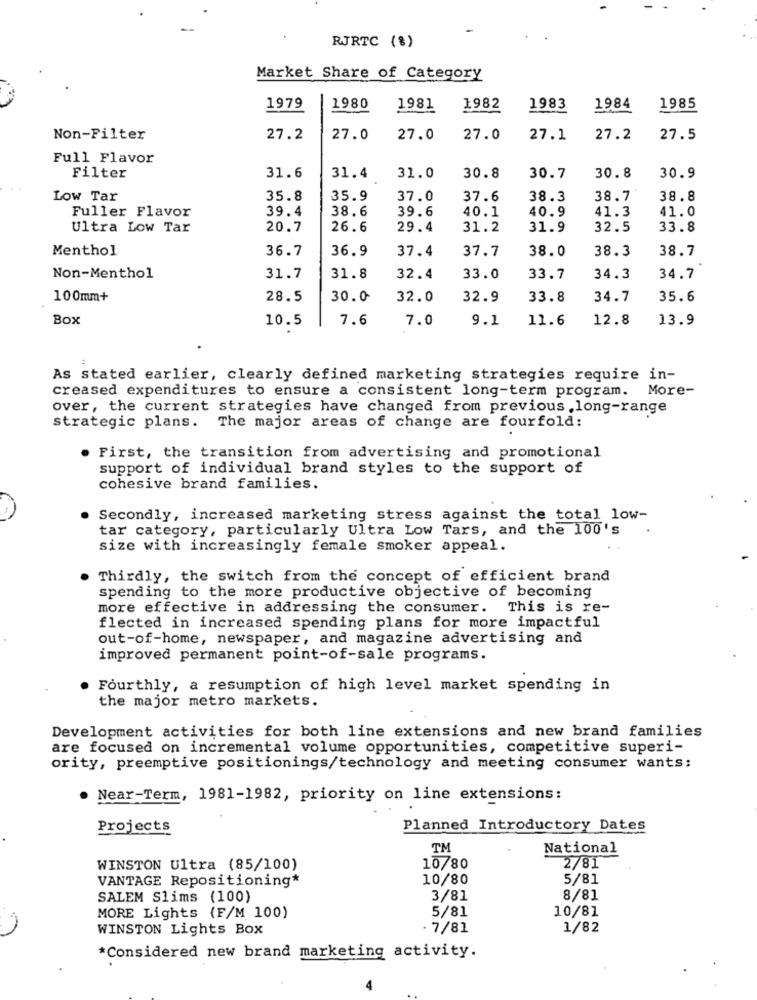
RJRTC (%)
Market Share of Category
1979
1980
1981
1982
1983
1984
1985
Non-Filter
27.2
27.0
27.0
27.0
27.1
27.2
27.5
Full Flavor
30.8
Filter
31.6
31.4
31.0
30.8
30.7
30.9
Low Tar
35.8
35.9
37.0
37.6
38.3
38.7
38.8
Fuller Flavor
39.4
38.6
39.6
40.1
40.9
41.3
41.0
Ultra Low Tar
20.7
26.6
29.4
31.2
31.9
32.5
33.8
Menthol
36.7
36.9
37.4
37.7
38.0
38.3
38.7
Non-Menthol
31.7
31.8
32.4
33.0
33.7
34.3
34.7
100mm+
28.5
30.0
32.0
32.9
33.8
34.7
35.6
Box
10.5
7.6
7.0
9.1
11.6
12.8
13.9
As stated earlier, clearly defined marketing strategies require in-
creased expenditures to ensure a consistent long-term program. More-
over, the current strategies have changed from previous ,long-range
strategic plans. The major areas of change are fourfold:
First, the transition from advertising and promotional
support of individual brand styles to the support of
cohesive brand families.
Secondly, increased marketing stress against the total low-
tar category, particularly Ultra Low Tars, and the 100's
size with increasingly female smoker appeal.
Thirdly, the switch from the concept of efficient brand
spending to the more productive objective of becoming
more effective in addressing the consumer. This is re-
flected in increased spending plans for more impactful
out-of-home, newspaper, and magazine advertising and
improved permanent point-of-sale programs.
Fourthly, a resumption of high level market spending in
the major metro markets.
Development activities for both line extensions and new brand families
are focused on incremental volume opportunities, competitive superi-
ority, preemptive positionings/technology and meeting consumer wants:
. Near-Term, 1981-1982, priority on line extensions:
Projects
Planned Introductory Dates
TM
National
WINSTON Ultra (85/100)
10/80
2/81
VANTAGE Repositioning*
10/80
5/81
SALEM Slims (100)
3/81
8/81
5/81
10/81
MORE Lights (F/M 100)
WINSTON Lights Box
. 7/81
1/82
*Considered new brand marketing activity.